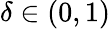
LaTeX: \delta\in(0,1)